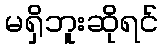
မရှိဘူးဆိုရင်